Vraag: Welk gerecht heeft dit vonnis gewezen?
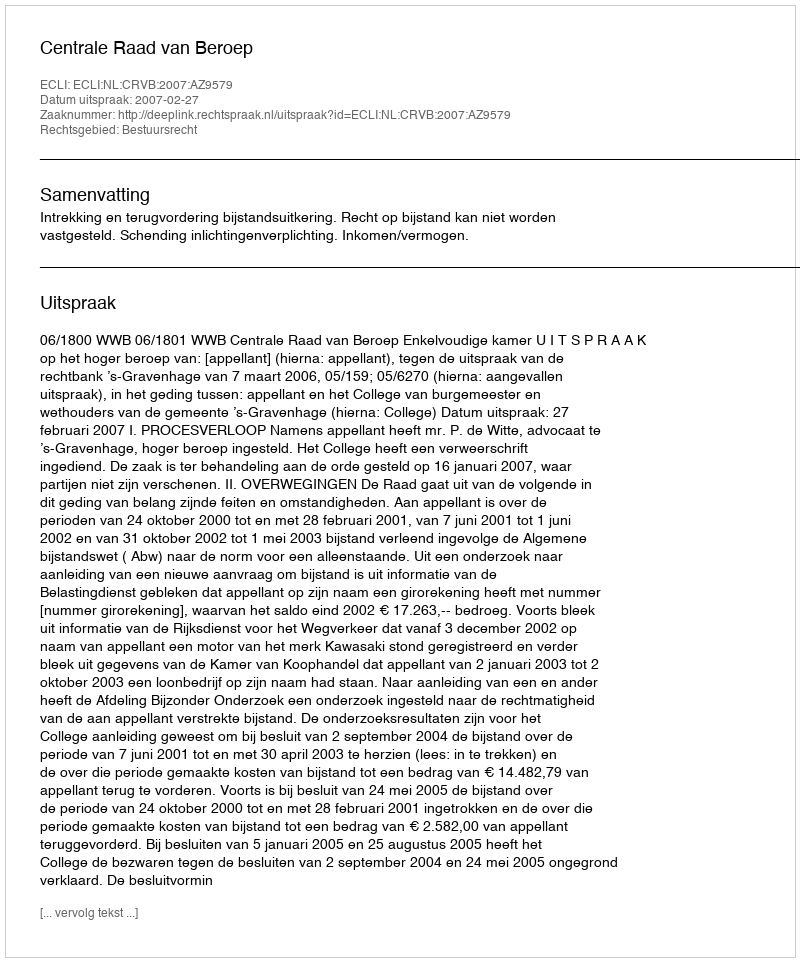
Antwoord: Centrale Raad van Beroep